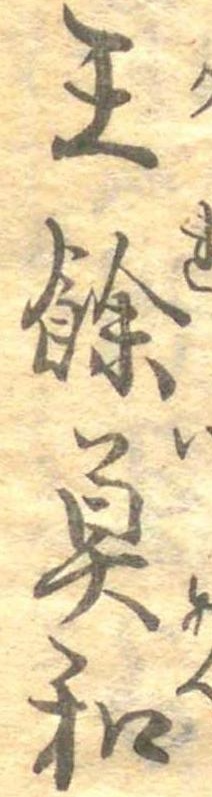
王余魚和